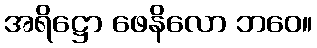
အရိဋ္ဌော ဖေနိလော ဘဝေ။